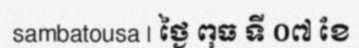
sambatousa | ថ្ងៃ ពុធ ទី ០៧ ខែ